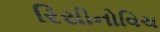
રિસીનોવિચ